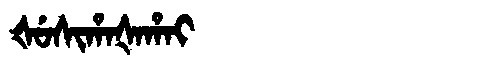
Manchu: ᡧᡠᠰᡳᡥᠠᡧᠠᡥᠠᡳ
Romanization: ŠUSIHAŠAHAI